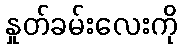
နှုတ်ခမ်းလေးကို